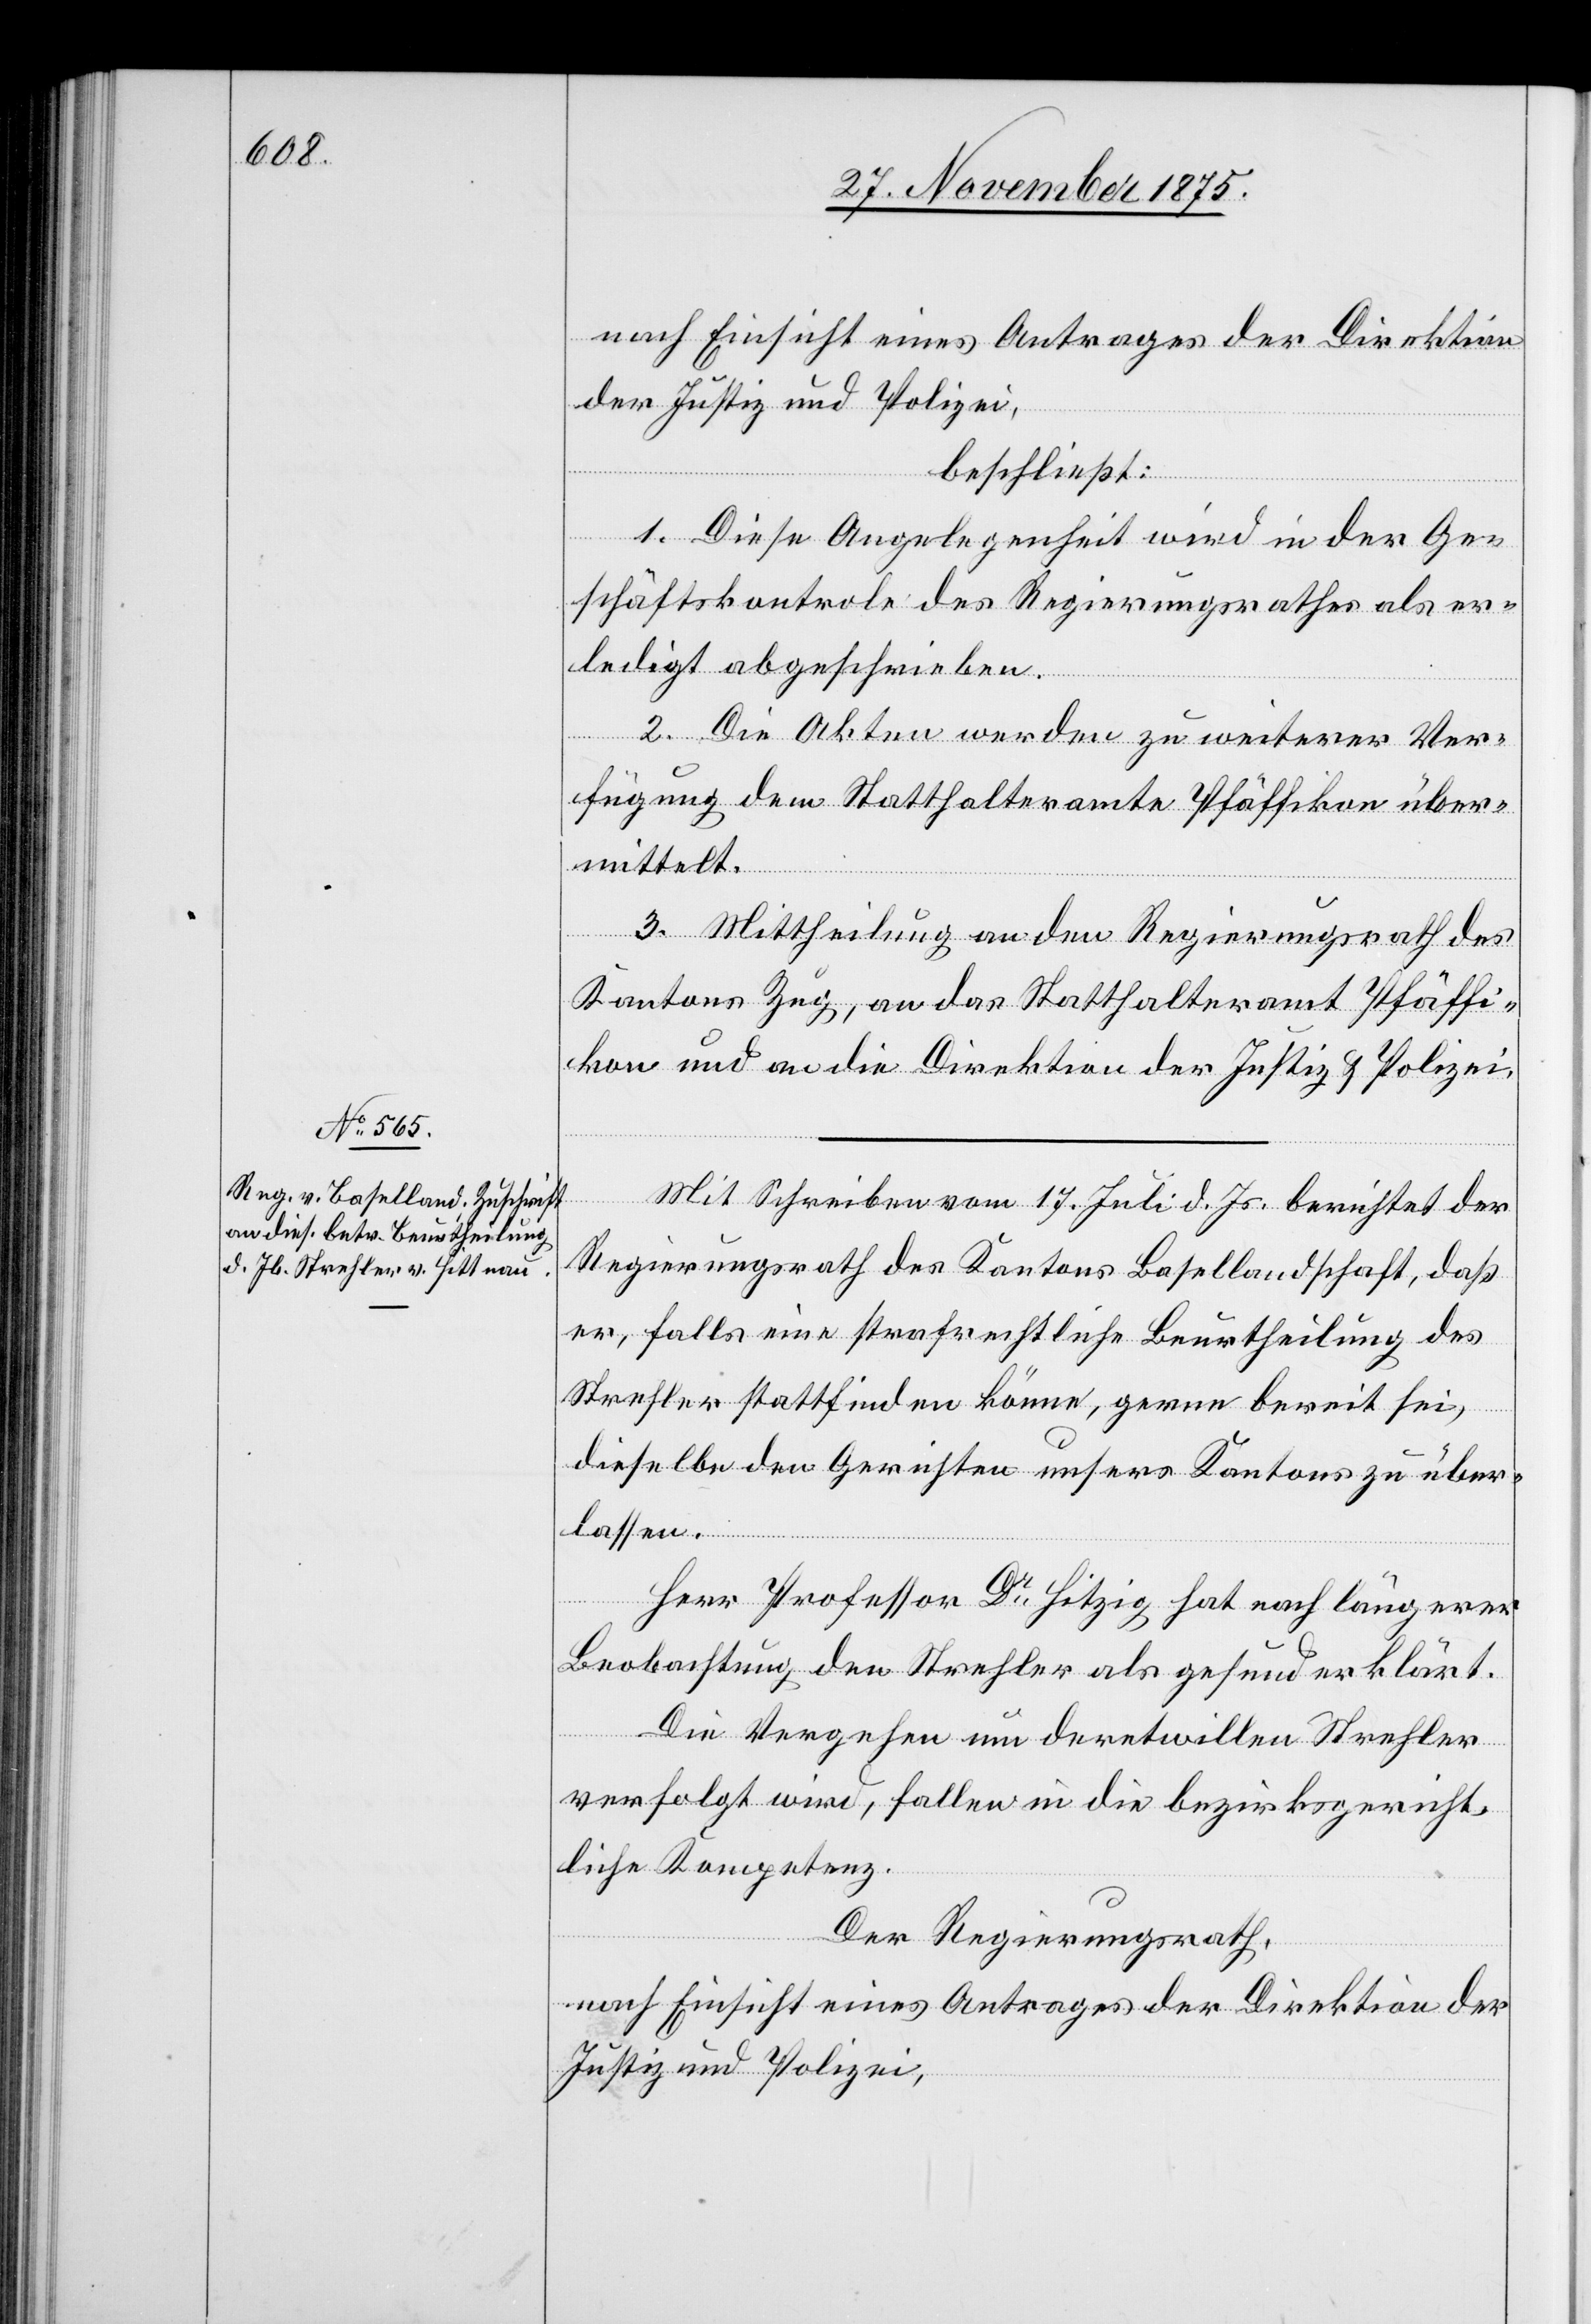
nach Einsicht eines Antrages der Direktion
der Justiz und Polizei,
beschließt:
1. Diese Angelegenheit wird in der Ge¬
schäftskontrole des Regierungsrathes als er¬
ledigt abgeschrieben.
2. Die Akten werden zu weiterer Ver¬
fügung dem Statthalteramte Pfäffikon über¬
mittelt.
3. Mittheilung an den Regierungsrath des
Kantons Zug, an das Statthalteramt Pfäffi¬
kon und an die Direktion der Justiz & Polizei.
Mit Schreiben vom 17. Juli d. Js. berichtet der
Regierungsrath des Kantons Basellandschaft, daß
er, falls eine strafrechtliche Beurtheilung des
Strehler stattfinden könne, gerne bereit sei,
dieselbe den Gerichten unsers Kantons zu über¬
lassen.
Herr Professor Dr Hitzig hat nach längerer
Beobachtung den Strehler als gesund erklärt.
Die Vergehen um deretwillen Strehler
verfolgt wird, fallen in die bezirksgericht¬
liche Kompetenz.
Der Regierungsrath,
nach Einsicht eins Antrages der Direktion der
Justiz und Polizei,